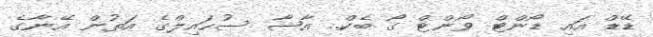
ޑޭޑް އައި ޑޯންޓް ވޯންޓް ގޯ ބެކް.. އާޝާ ސުހައިލްގެ އަތުން އޭނާގެ